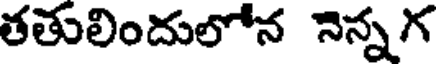
తతులిందులోన నెన్నగ